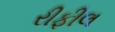
રીફીલ